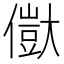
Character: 𠏥